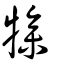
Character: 犙